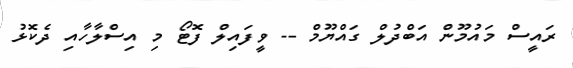
ރައީސް މައުމޫން އަބްދުލް ގައްޔޫމް -- ވީފައިލް ފޮޓޯ މި އިސްލާހާއި ދެކޮޅު